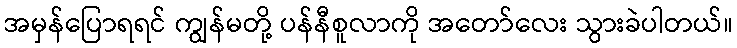
အမှန်ပြောရရင် ကျွန်မတို့ ပန်နီစူလာကို အတော်လေး သွားခဲပါတယ်။